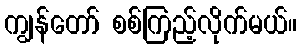
ကျွန်တော် စစ်ကြည့်လိုက်မယ်။